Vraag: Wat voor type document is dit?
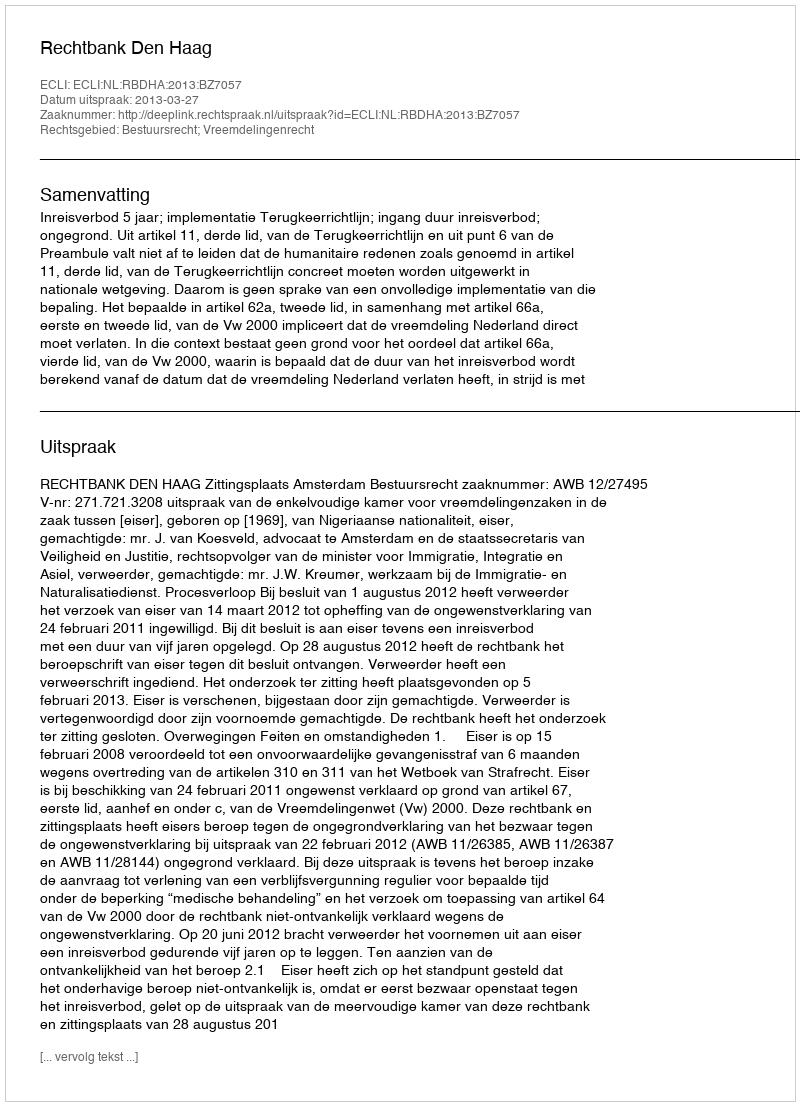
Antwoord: Uitspraak